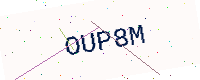
Text: OUP8M